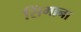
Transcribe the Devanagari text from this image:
सिंगाना